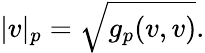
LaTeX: |v|_{p}={\sqrt{g_{p}(v,v)}}.